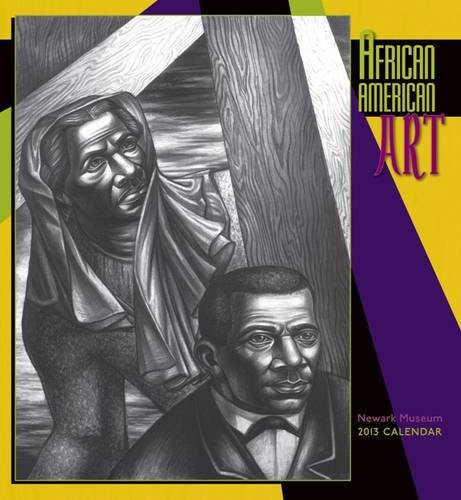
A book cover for African American Art 2013 Calendar; Calendars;